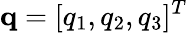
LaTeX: \mathbf{q}=[q_{1},q_{2},q_{3}]^{T}